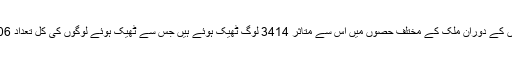
پچھلے 24 گھنٹوں کے دوران ملک کے مختلف حصوں میں اس سے متاثر 3414 لوگ ٹھیک ہوئے ہیں جس سے ٹھیک ہوئے لوگوں کی کل تعداد 71106 ہوگئی ہے۔